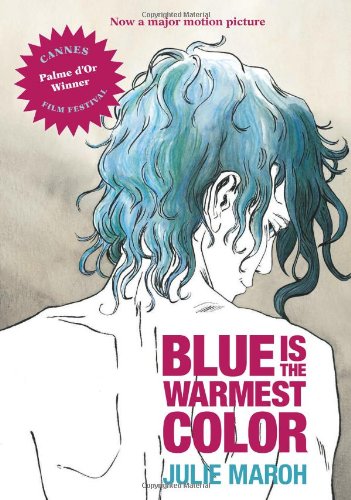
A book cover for Blue Is the Warmest Color; Julie Maroh; Comics & Graphic Novels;